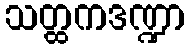
သတ္ထကဒဏ္ဍာ